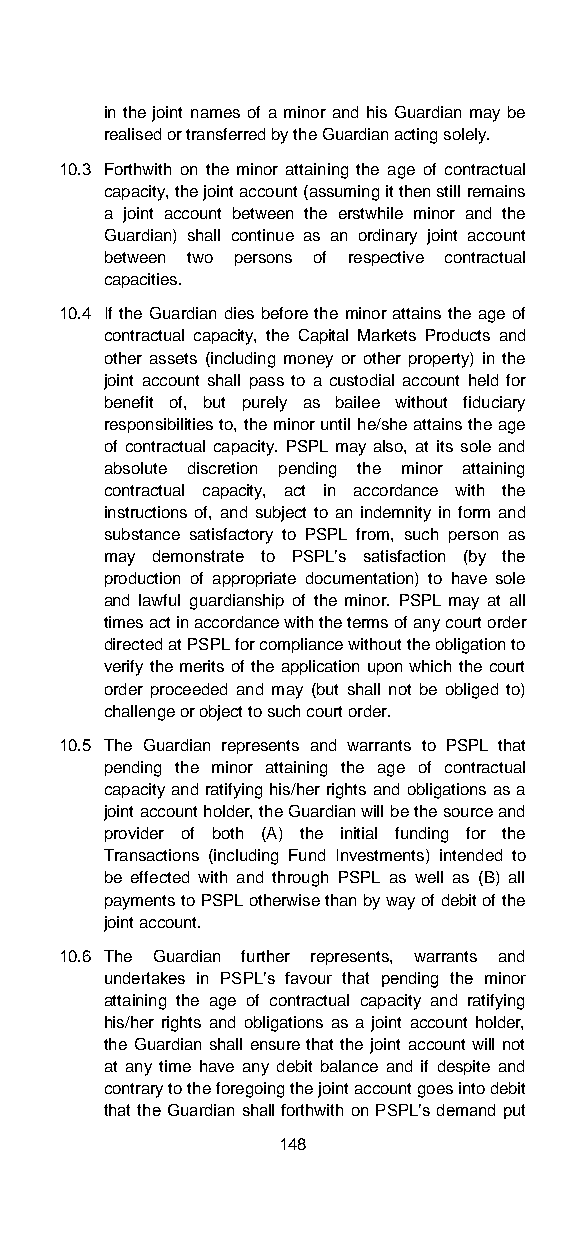
in the joint names of a minor and his Guardian may be
 realised or transferred by the Guardian acting solely.
 10.3 Forthwith on the minor attaining the age of contractual
 capacity, the joint account (assuming it then still remains
 a joint account between the erstwhile minor and the
 Guardian) shall continue as an ordinary joint account
 between two persons of respective contractual
 capacities.
 10.4 If the Guardian dies before the minor attains the age of
 contractual capacity, the Capital Markets Products and
 other assets (including money or other property) in the
 joint account shall pass to a custodial account held for
 benefit of, but purely as bailee without fiduciary
 responsibilities to, the minor until he/she attains the age
 of contractual capacity. PSPL may also, at its sole and
 absolute discretion pending the minor attaining
 contractual capacity, act in accordance with the
 instructions of, and subject to an indemnity in form and
 substance satisfactory to PSPL from, such person as
 may demonstrate to PSPL’s satisfaction (by the
 production of appropriate documentation) to have sole
 and lawful guardianship of the minor. PSPL may at all
 times act in accordance with the terms of any court order
 directed at PSPL for compliance without the obligation to
 verify the merits of the application upon which the court
 order proceeded and may (but shall not be obliged to)
 challenge or object to such court order.
 10.5 The Guardian represents and warrants to PSPL that
 pending the minor attaining the age of contractual
 capacity and ratifying his/her rights and obligations as a
 joint account holder, the Guardian will be the source and
 provider of both (A) the initial funding for the
 Transactions (including Fund Investments) intended to
 be effected with and through PSPL as well as (B) all
 payments to PSPL otherwise than by way of debit of the
 joint account.
 10.6 The Guardian further represents, warrants and
 undertakes in PSPL’s favour that pending the minor
 attaining the age of contractual capacity and ratifying
 his/her rights and obligations as a joint account holder,
 the Guardian shall ensure that the joint account will not
 at any time have any debit balance and if despite and
 contrary to the foregoing the joint account goes into debit
 that the Guardian shall forthwith on PSPL’s demand put
 148